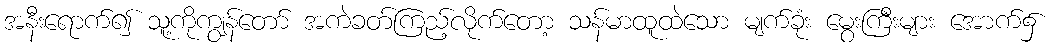
အနီးရောက်၍ သူ့ကိုကျွန်တော် အကဲခတ်ကြည့်လိုက်တော့ သန်မာထူထဲသော မျက်ခုံး မွေးကြီးများ အောက်၌